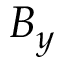
B _ { y }